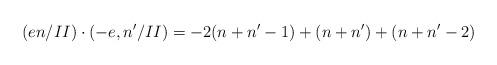
LaTeX: \begin{align*}(en/II)\cdot(-e,n'/II)=-2(n+n'-1)+(n+n')+(n+n'-2)\end{align*}